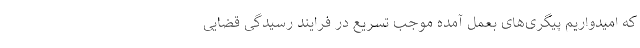
که امیدواریم پیگری‌های بعمل آمده موجب تسریع در فرایند رسیدگی قضایی